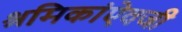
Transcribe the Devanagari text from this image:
श्रमिकांऐवजी